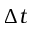
\Delta t